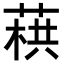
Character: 𦶓